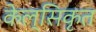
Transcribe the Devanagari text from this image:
केल्सिकृत